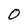
Character: O